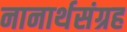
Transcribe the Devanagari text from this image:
नानार्थसंग्रह